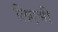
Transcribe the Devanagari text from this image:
लिएभी